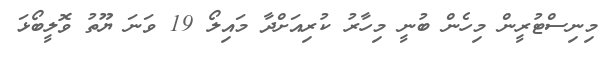
މިނިސްޓުރީން މިހެން ބުނީ މިހާރު ކުރިއަށްދާ މައިލޯ 19 ވަނަ ޔޫތު ވޮލީބޯޅަ